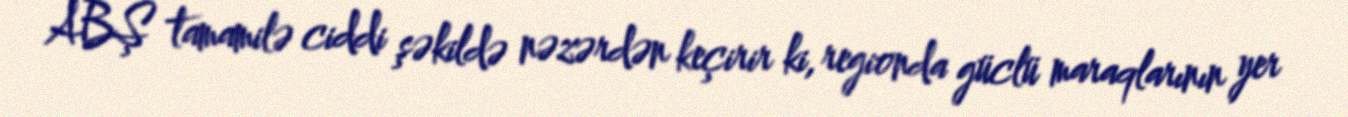
ABŞ tamamilə ciddi şəkildə nəzərdən keçirir ki, regionda güclü maraqlarının yer